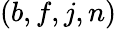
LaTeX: (b,f,j,n)